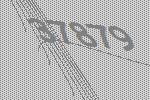
37879